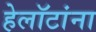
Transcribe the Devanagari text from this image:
हेलॉटांना